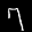
Label: 7